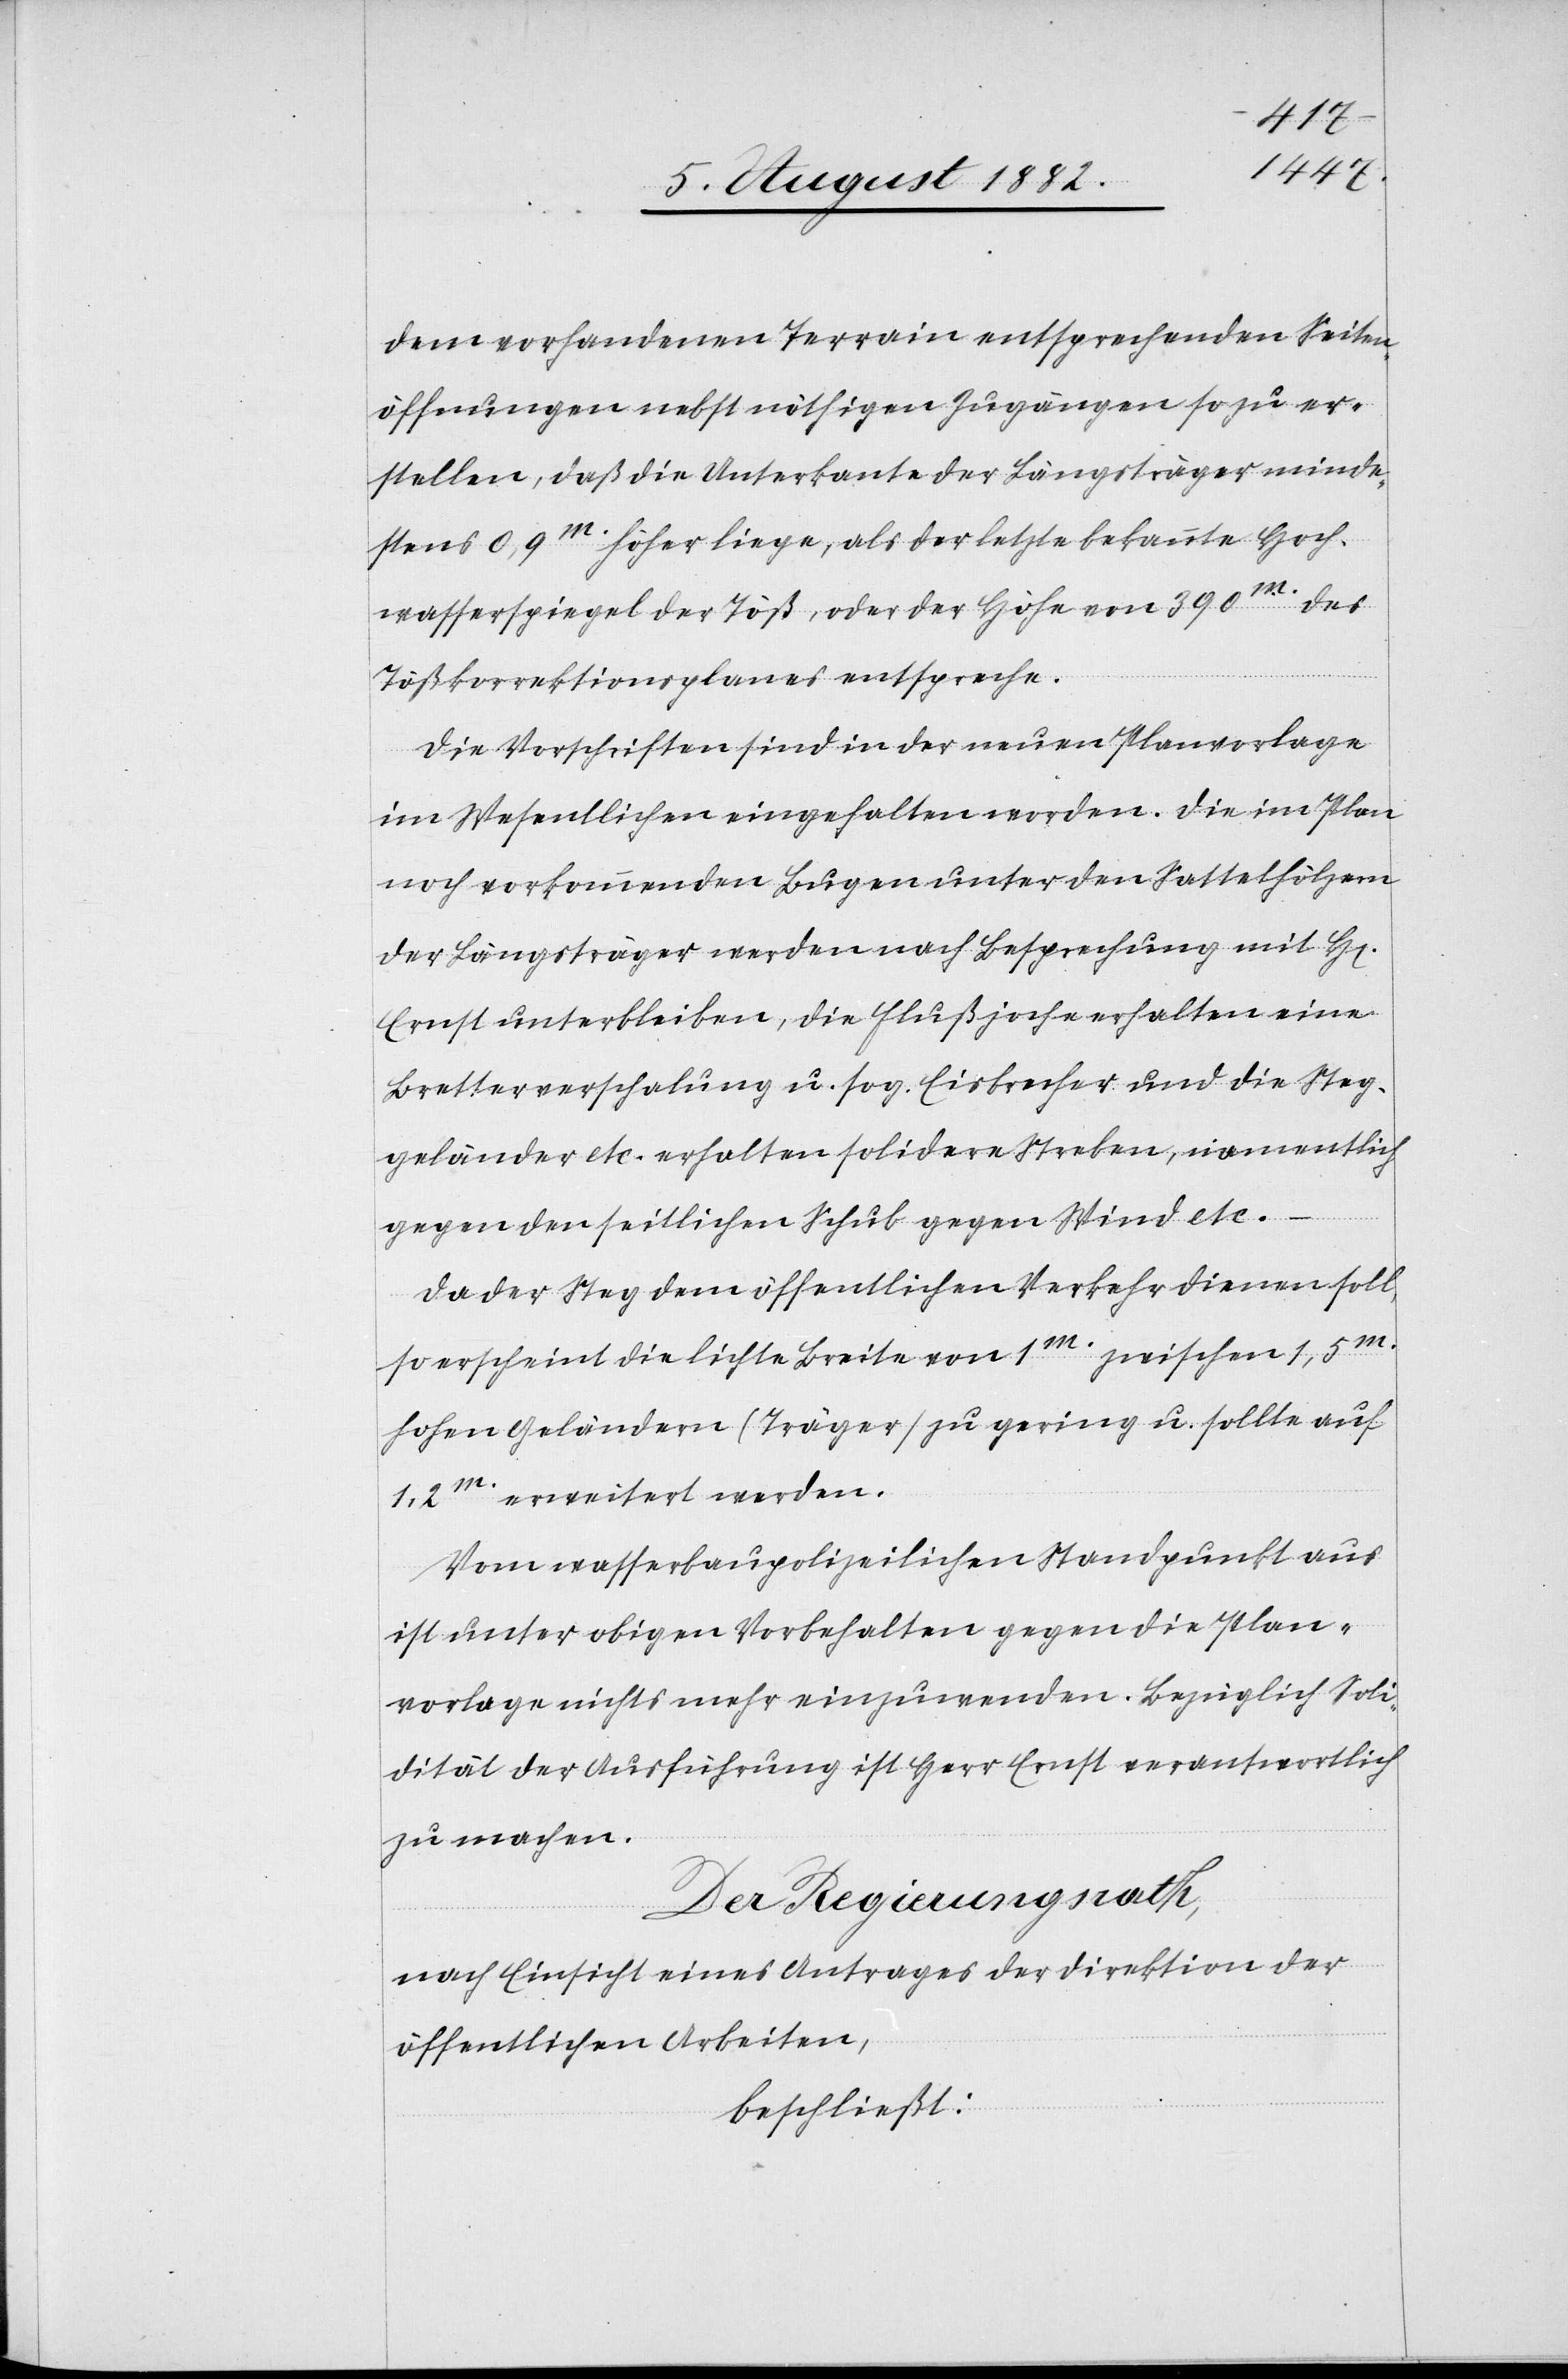
dem vorhandenen Terrain entsprechenden Seiten¬
öffnungen nebst nöthigen Zugängen so zu er¬
stellen, daß die Unterkante der Längsträger minde¬
stens 0,9m höher liege, als der letzte bekannte Hoch¬
wasserspiegel der Töß, oder der Höhe von 390m des
Tößkorrektionsplanes entspreche.
Die Vorschriften sind in der neuen Planvorlage
im Wesentlichen eingehalten worden. Die im Plan
noch vorkommenden Bugen unter den Sattelhölzern
der Längsträger werden nach Besprechung mit H[err]
Ernst unterbleiben, die Flußjoche erhalten eine
Bretterverschalung u. sog. Eisbrecher und die Steg¬
geländer etc. erhalten solidere Streben, namentlich
gegen den seitlichen Schub gegen Wind etc.
Da der Steg dem öffentlichen Verkehr dienen soll,
so erscheint die lichte Breite von 1m zwischen 1,5m
hohen Geländern (Träger) zu gering u. sollte auf
1,2m erweitert werden.
Vom wasserbaupolizeilichen Standpunkt aus
ist unter obigen Vorbehalten gegen die Plan¬
vorlage nichts mehr einzuwenden. Bezüglich Soli¬
dität der Ausführung ist Herr Ernst verantwortlich
zu machen.
Der Regierungsrath;
nach Einsicht eines Antrages der Direktion der
öffentlichen Arbeiten,
beschließt: